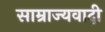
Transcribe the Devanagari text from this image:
साम्राज्‍यवादी